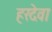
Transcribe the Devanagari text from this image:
हरदेवा